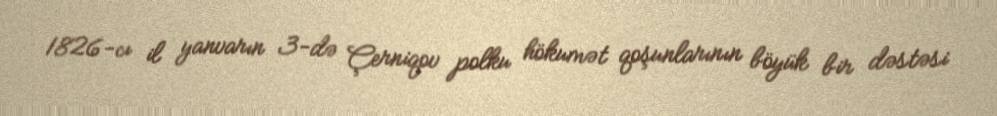
1826-cı il yanvarın 3-də Çerniqov polku hökumət qoşunlarının böyük bir dəstəsi